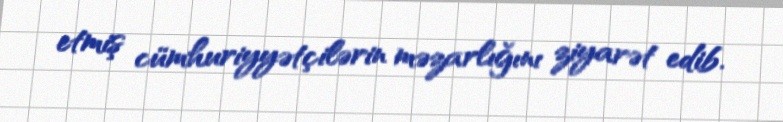
etmiş cümhuriyyətçilərin məzarlığını ziyarət edib.